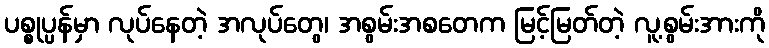
ပစ္စုပ္ပန်မှာ လုပ်နေတဲ့ အလုပ်တွေ၊ အစွမ်းအစတေက မြင့်မြတ်တဲ့ လူ့စွမ်းအားကို